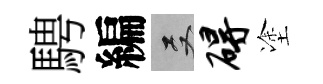
騁編双碍塗